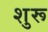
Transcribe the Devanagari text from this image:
शुरू